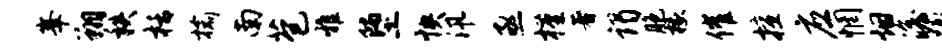
峰翔秩栝榆南苞雅堕怏汛亟槿著谒胞椽催擅应惘烟澹蹶